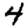
Digit: 4